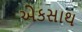
એકસાથ